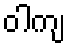
ဝါကျ